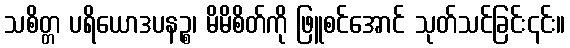
သစိတ္တ ပရိယောဒပနဉ္စ၊ မိမိစိတ်ကို ဖြူစင်အောင် သုတ်သင်ခြင်း၎င်း။